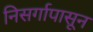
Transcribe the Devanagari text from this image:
निसर्गापासून